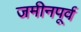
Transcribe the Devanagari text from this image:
जमीनपूर्व